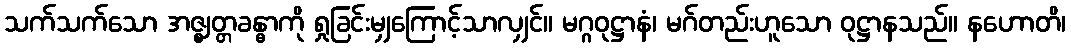
သက်သက်သော အဇ္ဈတ္တခန္ဓာကို ရှုခြင်းမျှကြောင့်သာလျှင်။ မဂ္ဂဝုဋ္ဌာနံ၊ မဂ်တည်းဟူသော ဝုဋ္ဌာနသည်။ နဟောတိ၊